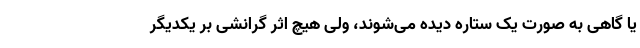
یا گاهی به صورت یک ستاره دیده می‌شوند، ولی هیچ اثر گرانشی بر یکدیگر